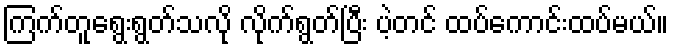
ကြက်တူရွေးရွတ်သလို လိုက်ရွတ်ပြီး ပဲ့တင် ထပ်ကောင်းထပ်မယ်။